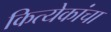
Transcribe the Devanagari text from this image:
कित्येकांचा